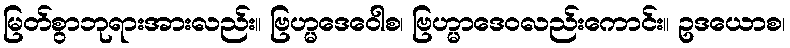
မြတ်စွာဘုရားအားလည်း။ ဗြဟ္မဒေဝေါစ၊ ဗြဟ္မာဒေဝလည်းကောင်း။ ဥဒယောစ၊